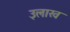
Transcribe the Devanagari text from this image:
३लाख